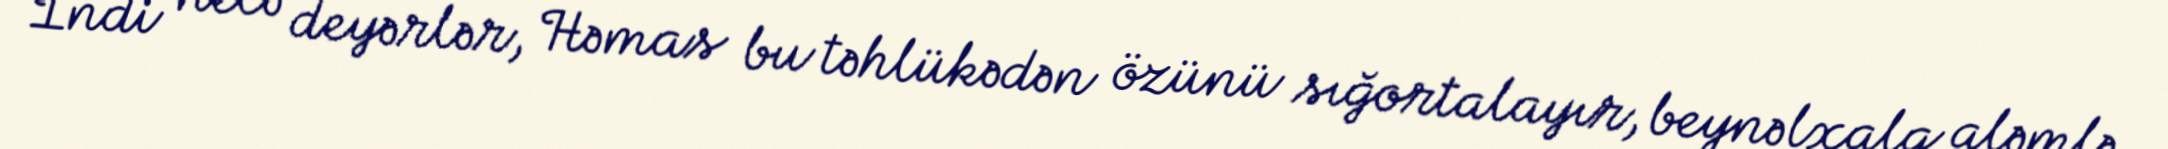
İndi necə deyərlər, Həmas bu təhlükədən özünü sığortalayır, beynəlxalq aləmlə